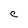
Character: c